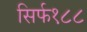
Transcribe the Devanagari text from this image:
सिर्फ१८८